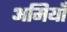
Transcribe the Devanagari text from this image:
अमियाँ